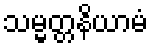
သမ္မတ္တနိယာမံ